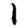
Digit: 1